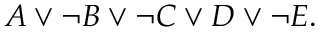
A \lor \neg B \lor \neg C \lor D \lor \neg E .